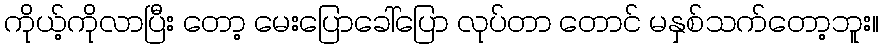
ကိုယ့်ကိုလာပြီး တော့ မေးပြောခေါ်ပြော လုပ်တာ တောင် မနှစ်သက်တော့ဘူး။